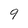
Character: 9